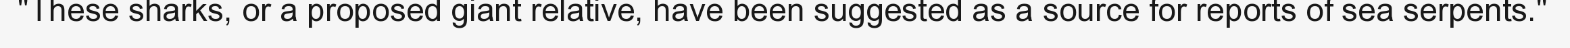
"These sharks, or a proposed giant relative, have been suggested as a source for reports of sea serpents."